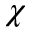
\chi